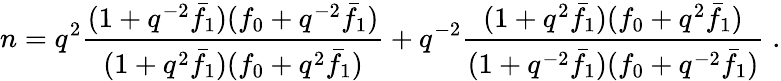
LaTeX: n=q^{2}\frac{(1+q^{-2}\bar{f}_{1})(f_{0}+q^{-2}\bar{f}_{1})}{(1+q^{2}\bar{f}_{1})(f_{0}+q^{2}\bar{f}_{1})}+q^{-2}\frac{(1+q^{2}\bar{f}_{1})(f_{0}+q^{2}\bar{f}_{1})}{(1+q^{-2}\bar{f}_{1})(f_{0}+q^{-2}\bar{f}_{1})}\; .